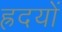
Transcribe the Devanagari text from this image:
ह्रदयों